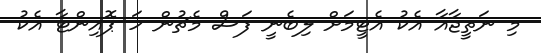
މި ނަތީޖާއާ އެކު އެޓީމަށް ލިބެނީ ފަސް މެޗުން ހަ ޕޮއިންޓާ އެކު